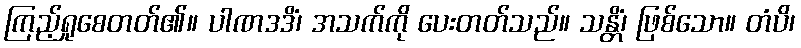
ကြည့်ရှုစေတတ်၏။ ပါဏဒဒိံ၊ အသက်ကို ပေးတတ်သည်။ သန္တိံ၊ ဖြစ်သော။ တံပိ၊